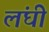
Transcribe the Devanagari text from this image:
लंघी